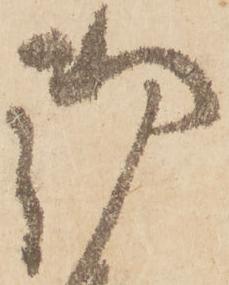
御